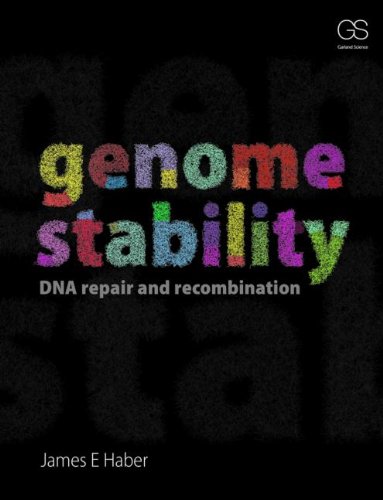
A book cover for Genome Stability: DNA Repair and Recombination; James Haber; Computers & Technology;